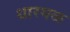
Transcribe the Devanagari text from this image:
धारगळ